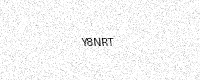
Text: Y8NRT